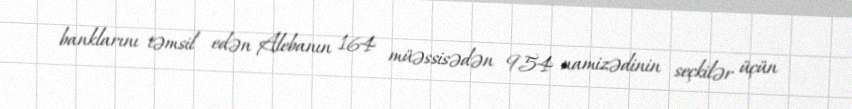
banklarını təmsil edən Alebanın 164 müəssisədən 954 namizədinin seçkilər üçün